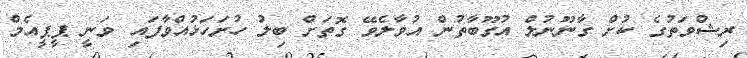
ރިޝްވަތުގެ ކުށް ގާނޫނުލް އުގޫބާތުން އުވާލެވޭ ގޮތަށް ބިލު ހުށަހަޅުއްވާފައި ވަނީ ޕީޕީއެމް